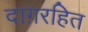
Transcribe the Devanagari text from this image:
दाग़रहित